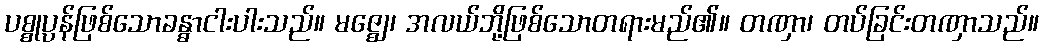
ပစ္စုပ္ပန်ဖြစ်သောခန္ဓာငါးပါးသည်။ မဇ္ဈေ၊ အလယ်ဘို့ဖြစ်သောတရားမည်၏။ တဏှာ၊ တပ်ခြင်းတဏှာသည်။